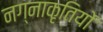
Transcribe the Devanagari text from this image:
नग्नाकृतियों